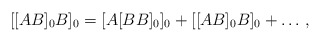
\begin{align*}[[AB]_0B ]_0 = [A[BB]_0]_0 + [[AB]_0B]_0 +\ldots \,,\end{align*}